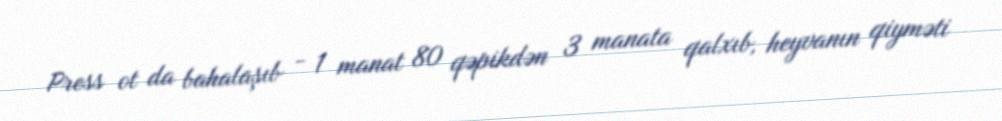
Press ot da bahalaşıb - 1 manat 80 qəpikdən 3 manata qalxıb, heyvanın qiyməti